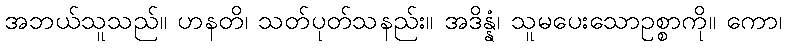
အဘယ်သူသည်။ ဟနတိ၊ သတ်ပုတ်သနည်း။ အဒိန္နံ၊ သူမပေးသောဥစ္စာကို။ ကော၊